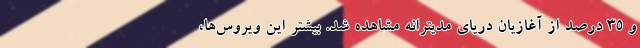
و ۳۵ درصد از آغازیان دریای مدیترانه مشاهده شد. بیشتر این ویروس‌ها،